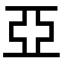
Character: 亞